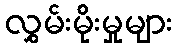
လွှမ်းမိုးမှုများ